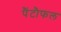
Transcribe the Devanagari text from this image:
पैंटौफल